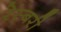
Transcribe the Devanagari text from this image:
रेस्बरी